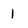
Character: 1